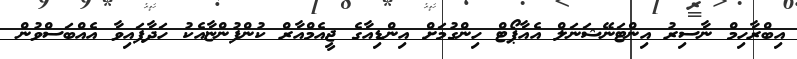
އިބްރާހިމް ނާސިރު އިންޓަނޭޝަނަލް އެއާޕޯޓް ހިންގުމަށް އިންޑިއާގެ ޖީއެމްއާރް ކުންފުންޏާއެކު ހަދާފައިވާ އެއްބަސްވުން